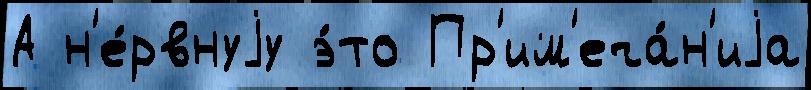
А н'е́рвнуjу э́то Пр'им'еча́н'иjа